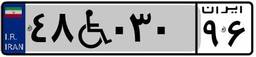
۸۵W۹۴۷۲۳